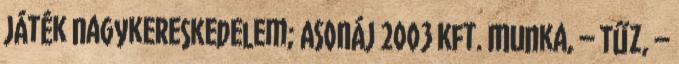
Játék nagykereskedelem; ASONÁJ 2003 Kft. Munka, – Tűz, –